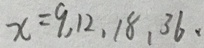
x = 9 , 1 2 , 1 8 , 3 6 .